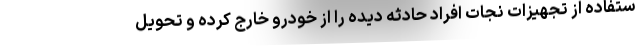
ستفاده از تجهیزات نجات افراد حادثه دیده را از خودرو خارج کرده و تحویل